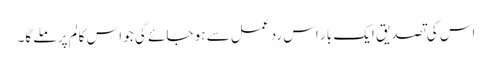
اس کی تصدیق ایک بار اس ردِ عمل سے ہو جائے گی جو اس کالم پر ملے گا۔